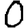
Digit: 0